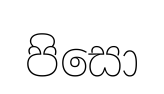
පිසො